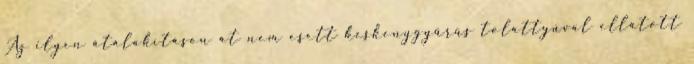
Az ilyen átalakításon át nem esett keskenygyűrűs tolattyúval ellátott